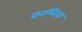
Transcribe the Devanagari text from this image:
क्राम्निक